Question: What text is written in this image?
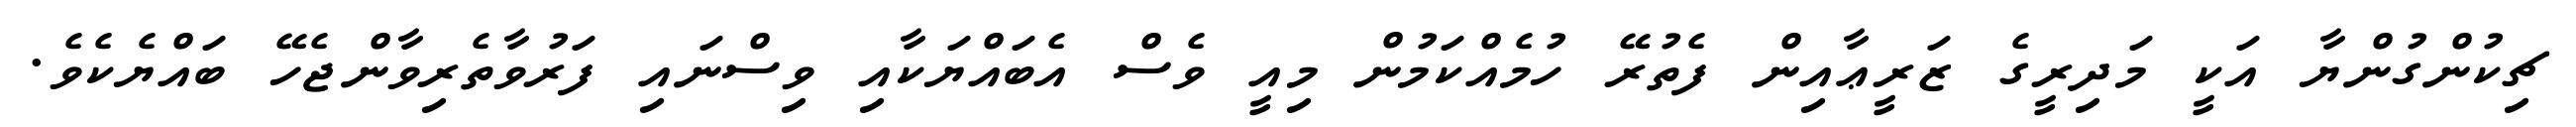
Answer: ޗިކުންގުންޔާ އަކީ މަދިރީގެ ޒަރީޢާއިން ފެތުރޭ ހުމެއްކަމުން މިއީ ވެސް އެބައްޔަކާއި ވިސްނައި ފަރުވާތެރިވާންޖެހޭ ބައްޔެކެވެ.